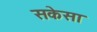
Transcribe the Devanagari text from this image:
सकेसा